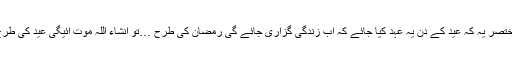
مختصر یہ کہ عید کے دن یہ عہد کیا جائے کہ اب زندگی گزاری جائے گی رمضان کی طرح …تو انشاء اللہ موت آئیگی عید کی طرح۔